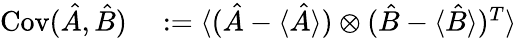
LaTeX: \begin{array}{rl}{\operatorname{Cov}(\hat{A},\hat{B})}&{{}:=\langle(\hat{A}-\langle\hat{A}\rangle)\otimes(\hat{B}-\langle\hat{B}\rangle)^{T}\rangle}\end{array}